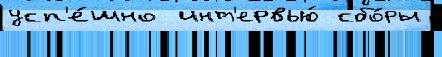
усп'е́шно  инт'ервью́ сбо́ры